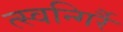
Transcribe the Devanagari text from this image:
त्स्वन्गिर्रै